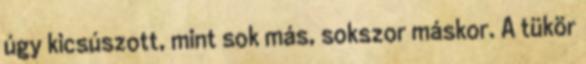
úgy kicsúszott, mint sok más, sokszor máskor. A tükör